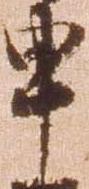
申